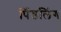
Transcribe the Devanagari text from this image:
र्पिडलिंग